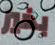
بخير